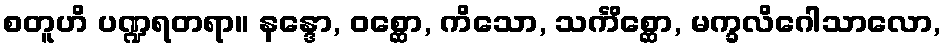
စတူဟိ ပဏ္ဍရတရာ။ နန္ဒော, ဝစ္ဆော, ကိသော, သင်္ကိစ္ဆော, မက္ခလိဂေါသာလော,